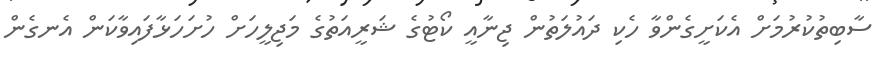
ސާބިތުކުރުމަށް އެކަށީގެންވާ ހެކި ދައުލަތުން ޖިނާއީ ކޯޓުގެ ޝަރީއަތުގެ މަޖިލީހަށް ހުށަހަޅާފައިވާކަން އެނގެން